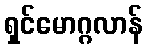
ရှင်မောဂ္ဂလာန်